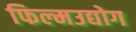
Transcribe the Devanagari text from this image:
फिल्मउद्योग